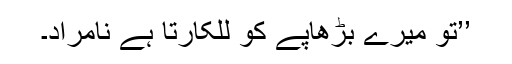
’’تو میرے بڑھاپے کو للکارتا ہے نامراد۔